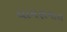
ધામણમાળ